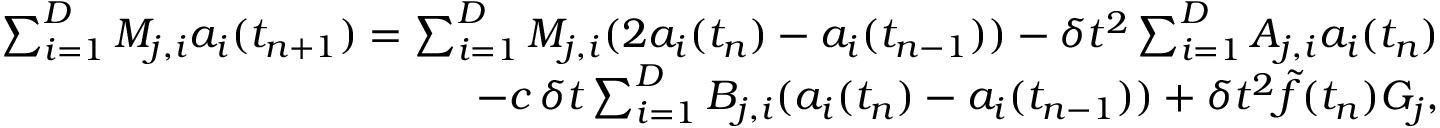
\begin{array} { r } { \sum _ { i = 1 } ^ { D } M _ { j , i } a _ { i } ( t _ { n + 1 } ) = \sum _ { i = 1 } ^ { D } M _ { j , i } ( 2 a _ { i } ( t _ { n } ) - a _ { i } ( t _ { n - 1 } ) ) - \delta t ^ { 2 } \sum _ { i = 1 } ^ { D } A _ { j , i } a _ { i } ( t _ { n } ) } \\ { - c \, \delta t \sum _ { i = 1 } ^ { D } B _ { j , i } ( a _ { i } ( t _ { n } ) - a _ { i } ( t _ { n - 1 } ) ) + \delta t ^ { 2 } \tilde { f } ( t _ { n } ) G _ { j } , } \end{array}